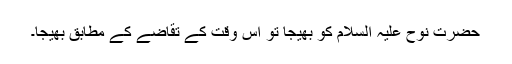
حضرت نوح علیہ السلام کو بھیجا تو اس وقت کے تقاضے کے مطابق بھیجا۔